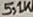
Text: 5,1K